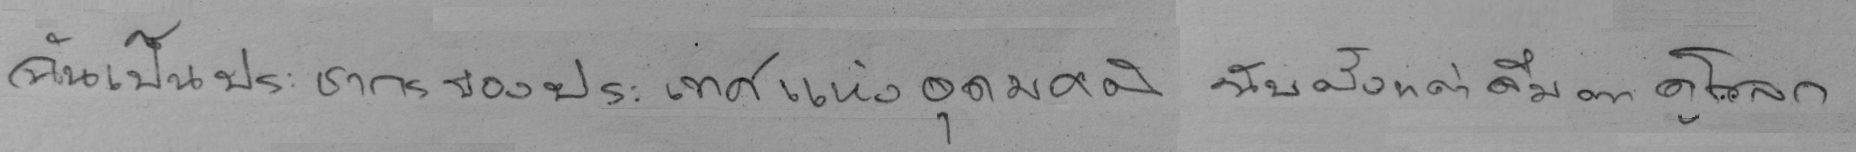
ฉันเป็นประชากรของประเทศแห่งอุดมคติ นับตั้งแต่ลืมตาดูโลก